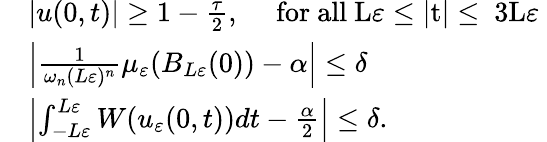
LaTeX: \begin{array}{rl}&{|u(0,t)|\geq 1-\frac{\tau}{2},\quad\mathrm{~for~all~L\varepsilon\leq|t|\leq~3L\varepsilon~}}\\ &{\left|\frac{1}{\omega_{n}(L\varepsilon)^{n}}\mu_{\varepsilon}(B_{L\varepsilon}(0))-\alpha\right|\leq\delta}\\ &{\left|\int_{-L\varepsilon}^{L\varepsilon}W(u_{\varepsilon}(0,t))dt-\frac{\alpha}{2}\right|\leq\delta.}\end{array}